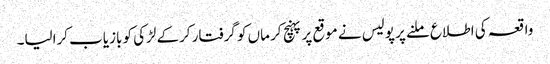
واقعہ کی اطلاع ملنے پر پولیس نے موقع پر پہنچ کر ماں کو گرفتار کرکے لڑکی کو بازیاب کرالیا۔